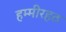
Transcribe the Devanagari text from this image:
हम्मीरहठ